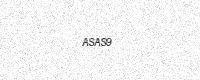
Text: ASAS9